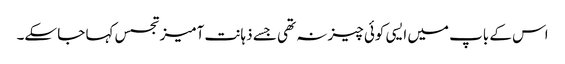
اس کے باپ میں ایسی کوئی چیز نہ تھی جسے ذہانت آمیزتجسس کہا جا سکے۔